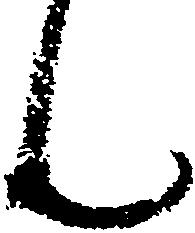
ん